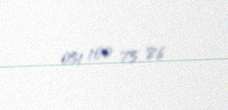
051 100 75 86